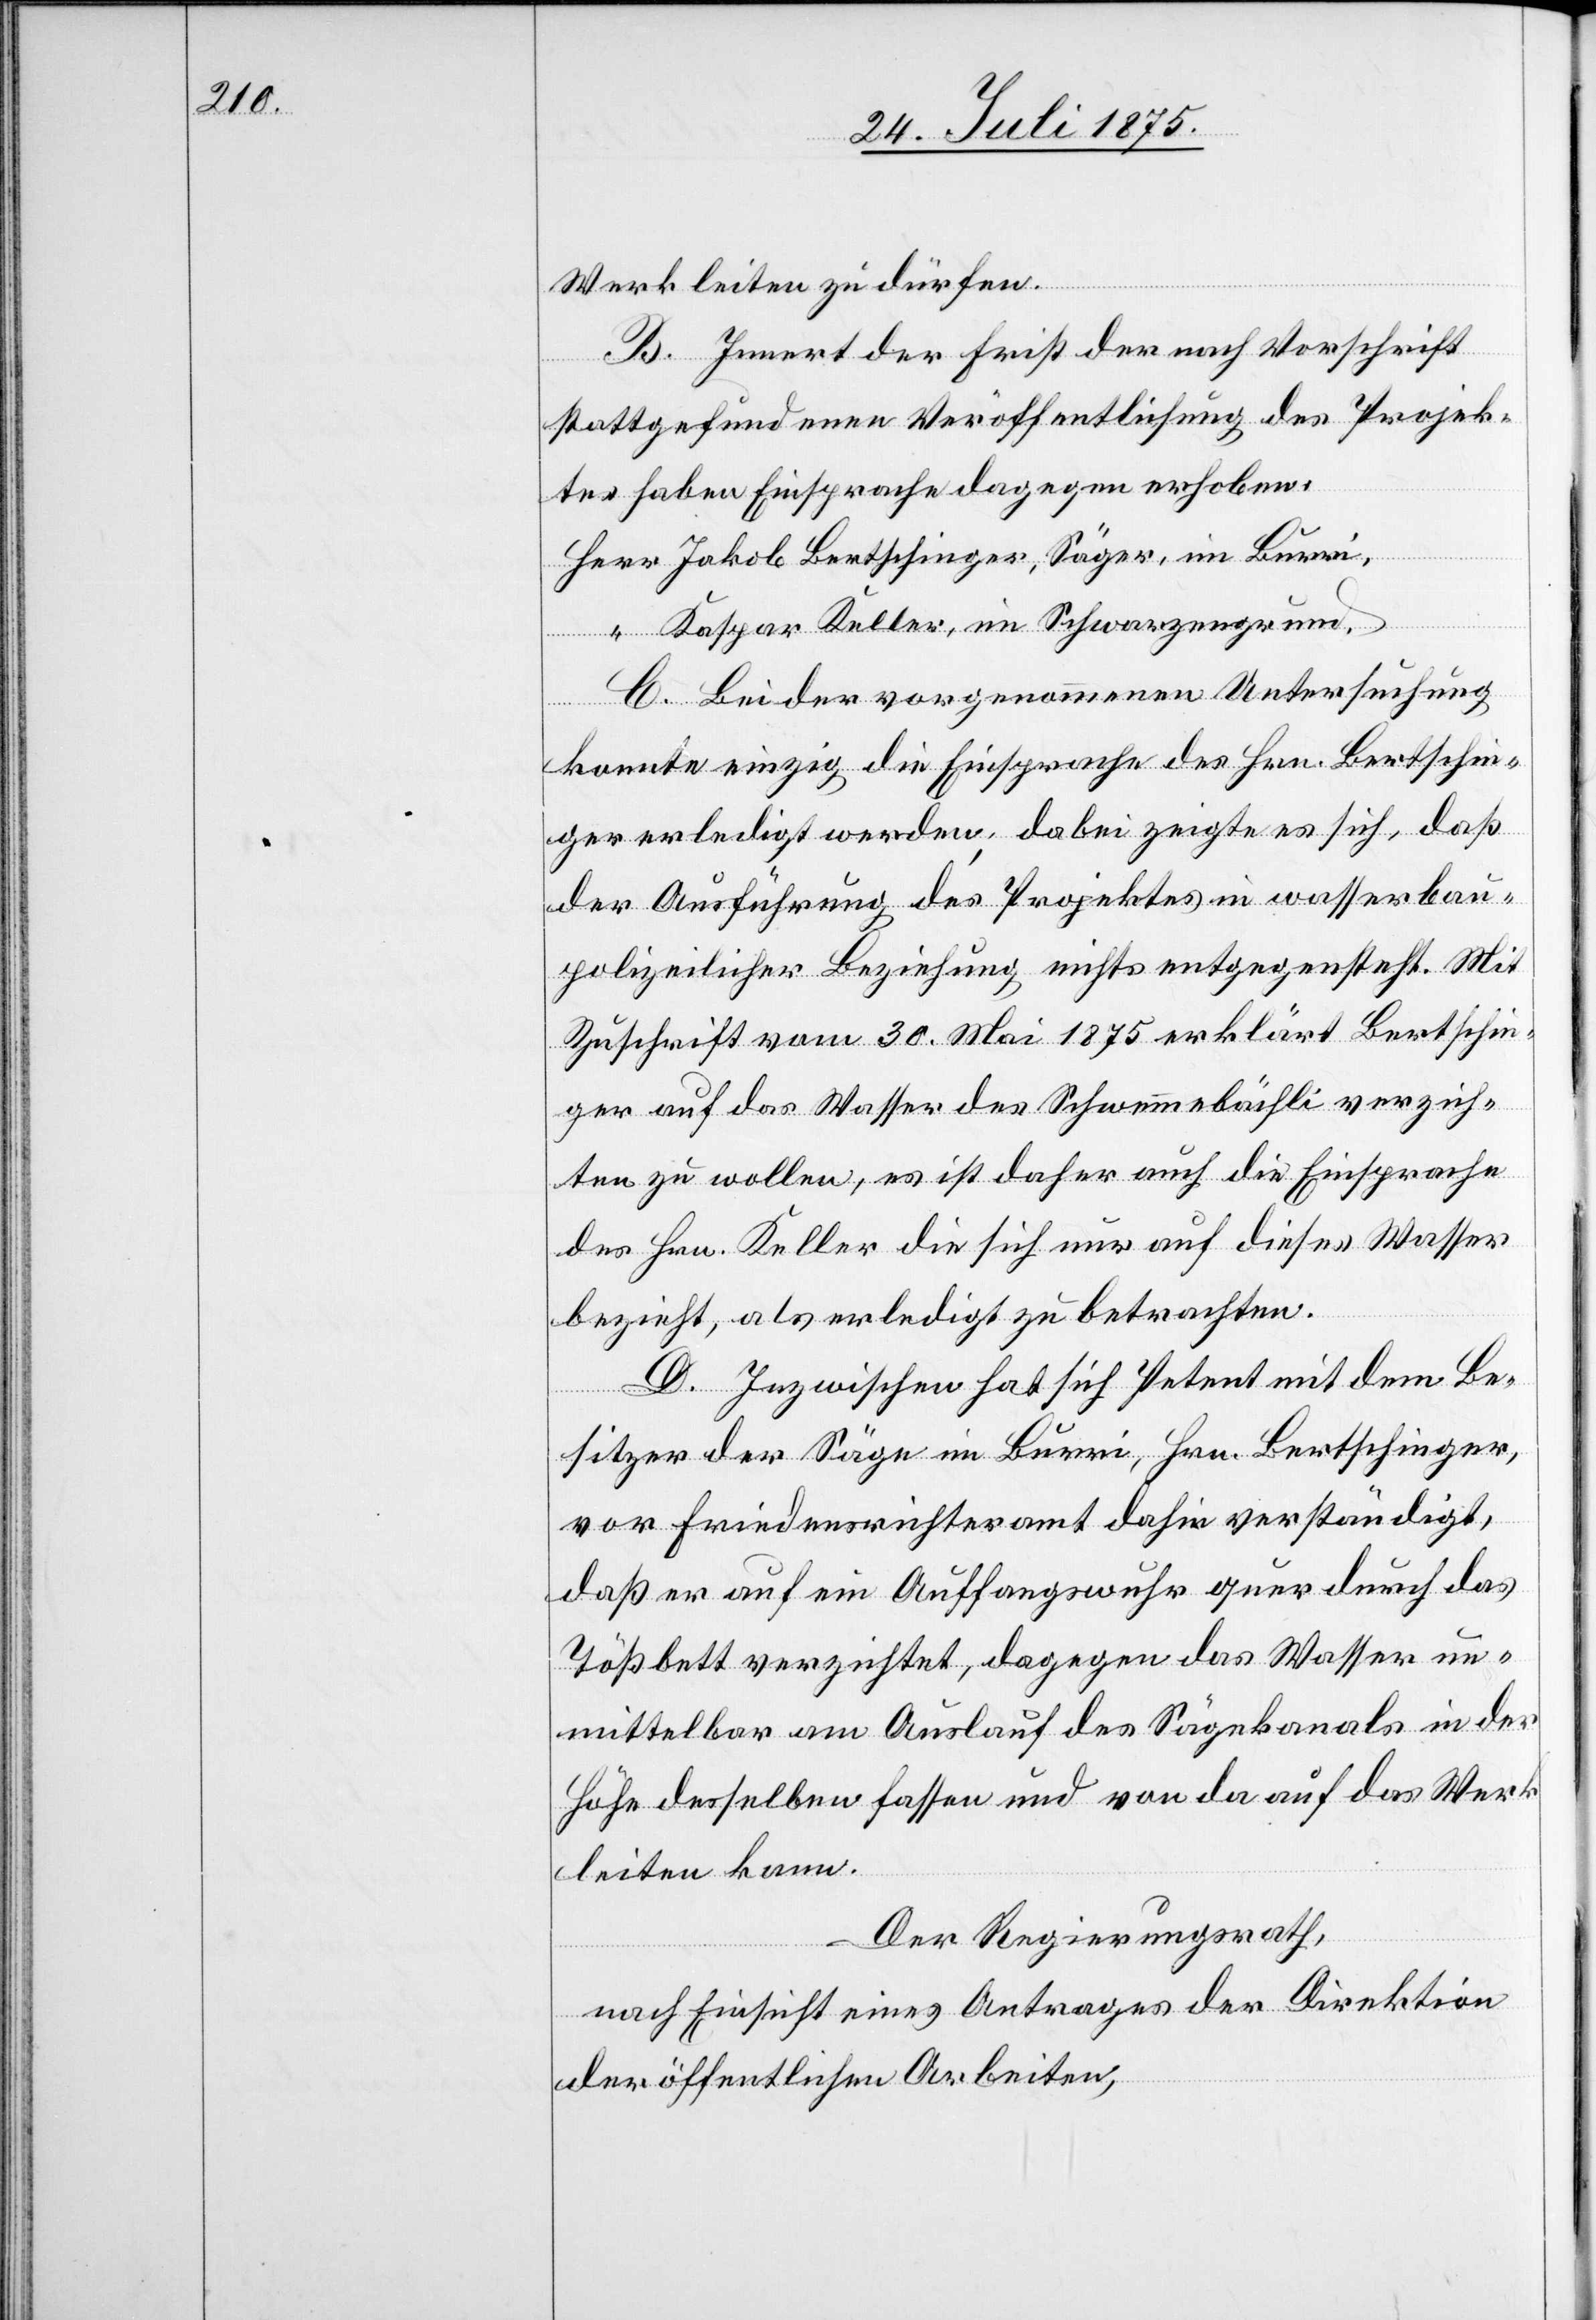
Werk leiten zu dürfen.
B. Innert der Frist der nach Vorschrift
stattgefundenen Veröffentlichung des Projek¬
tes haben Einsprache dagegen erhoben:
Herr Jakob Bertschinger, Säger, im Burri,
“ Kaspar Keller, im Schwarzengrund.
C. Bei der vorgenommenen Untersuchung
konnte einzig die Einsprache des Hrn. Bertschin¬
ger erledigt werden; dabei zeigte es sich, daß
der Ausführung des Projektes in wasserbau¬
polizeilicher Beziehung nichts entgegensteht. Mit
Zuschrift vom 30. Mai 1875 erklärt Bertschin¬
ger auf das Wasser des Schwemmbächli verzich¬
ten zu wollen, es ist daher auch die Einsprache
des Hrn. Keller die sich nur auf dieses Wasser
bezieht, als erledigt zu betrachten.
D. Inzwischen hat sich Petent mit dem Be¬
sitzer der Säge Burri, Hrn. Bertschinger,
vor Friedensrichteramt dahin verständigt,
daß er auf ein Auffangswuhr quer durch das
Tößbett verzichtet, dagegen das Wasser un¬
mittelbar am Auslauf des Sägekanals in der
Höhe desselben fassen und von da auf das Werk
leiten kann.
Der Regierungsrath,
nach Einsicht eines Antrages der Direktion
der öffentlichen Arbeiten,